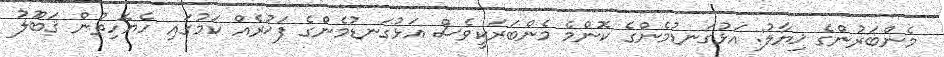
މެންބަރުންގެ ޚިޔާލު: އަޅުގަނޑުމެންގެ ކޮންމެ މެންބަރަކީވެސް އަޅުގަނޑުމެންގެ ފަޚުރެއް ކަމުގައި ހެޔޮހިތުން ޤަބޫލު